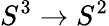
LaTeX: S^{3}\to S^{2}